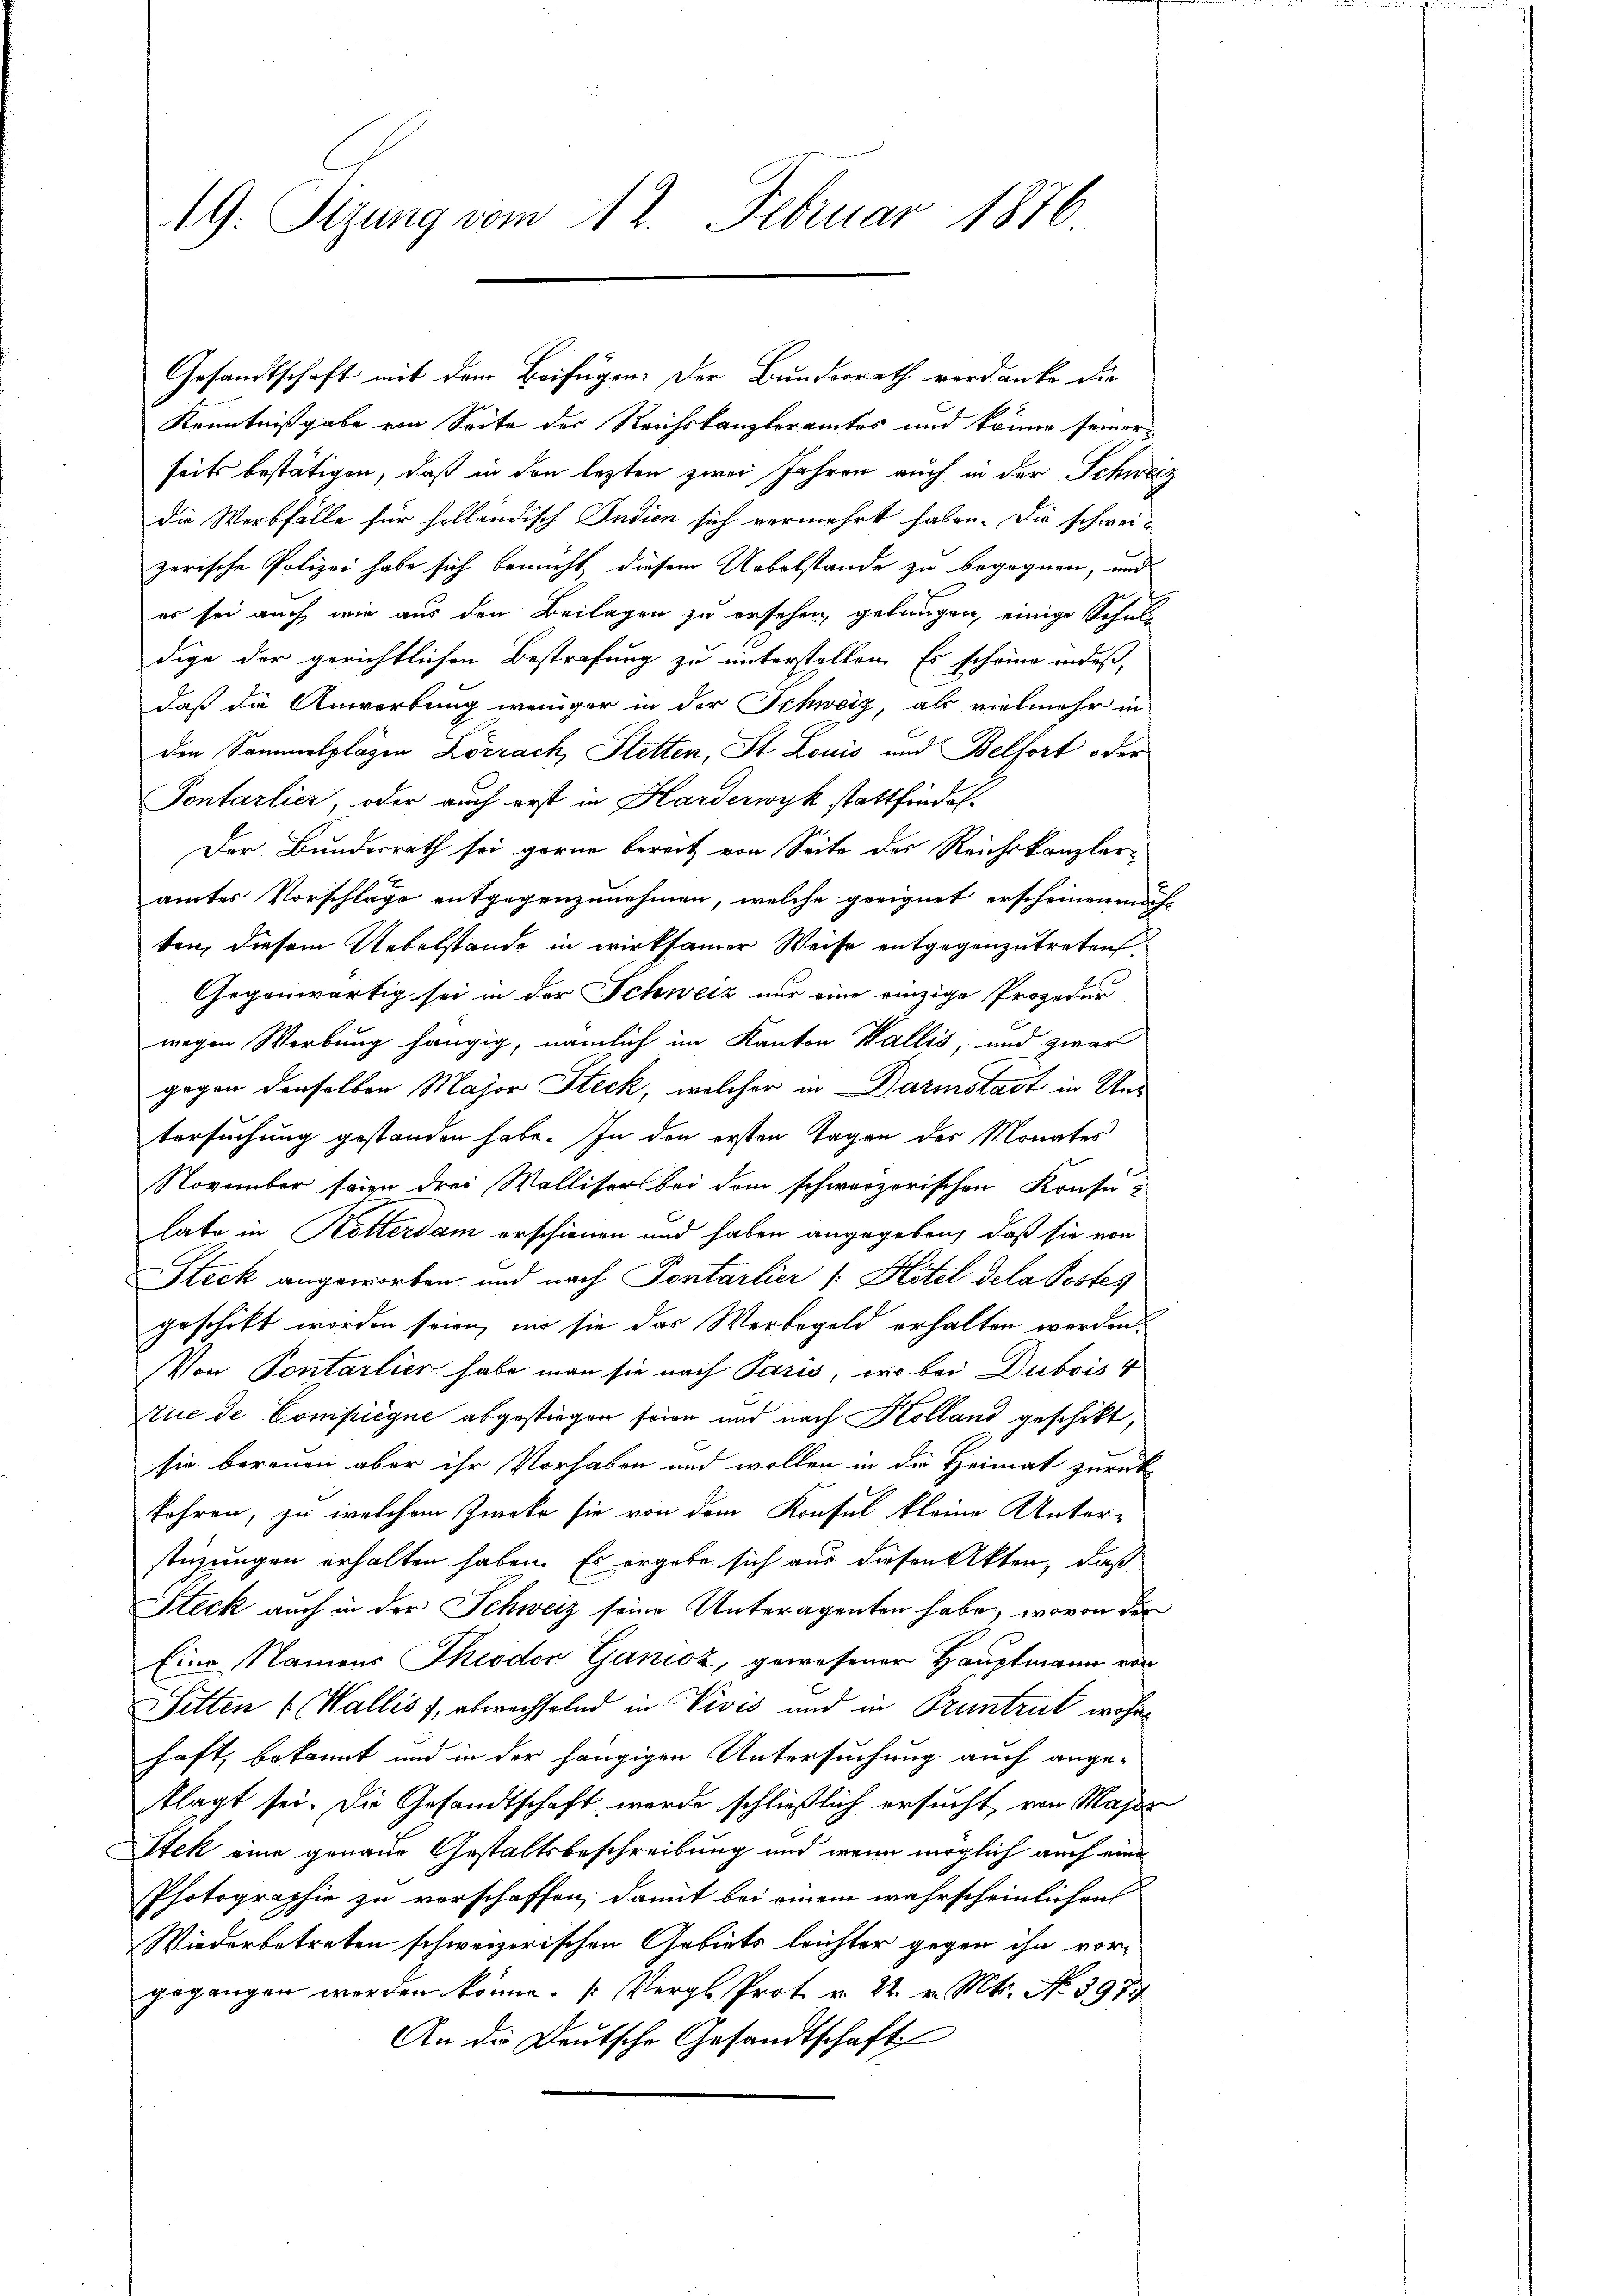
19: Sizung vom 12. Februar 1876

Gesandtschaft mit dem Beifügen: Der Bundesrath verdanke die
Kenntnißgabe von Seite der Reichskanzleramtes und könne seinerseits bestätigen, daß in den lezten zwei Jahren auch in der Schweidie Werbfälle für holländisch Indien sich vermehrt haben. Die schwei-
zerische Polizei habe sich bemüht diesem Uebelstande zu begegnen, und
er sei auch wie aus den Beilagen zu ersehen, gelungen, einige Schule
dige der gerichtlichen Bestrafung zu unterstellen. Es scheine indeß,
daß die Anwortung weniger in der Schweiz, als vielmehr in
den Sammelplägen Lörrach, Stetten, St. Louis und Belfort oder
Fontarlier, oder auch erst in Harderwyk stattfindes¬
Der Bundesrath sei gerne bereit von Seite des Reichskanzleramtes Vorschläge entgegenzunehmen, welche geeignet erscheinen möch-
ten, diesem Uebelstände in wirksamer Weise entgegenzutreten
Gegenwärtig sei in der Schweiz nur eine einzige Prozedur
wegen Werbung hängig, nämlich im Kanton Wallis, und zwar
gegen denselben Major Steck, welcher in Darmstadt in Untersuchung gestanden habe. In den ersten Tagen des Monates
November seien drei Wallisers bei dem schwarzerischen Konsulate in Kötterdam erschienen und haben angegeben, daß sie von
Steck angeworben und nach Pontarlier (Hotel dela Postes
geschikt worden seien, wo sie das Werbegeld erhalten worden.
Von Pontarlier habe man sie nach Paris, wo bei Dubois 4
Aue de Compiegne abgestiegen seien und nach Kolland geschikt,
sie bereuen aber ihr Vorhaben und wollen in die Heimat zurück-
fahren, zu welchem Zweke sie von dem Konsel kleine Unter-
stüzungen erhalten haben. Es ergebe sich aus diesen Akten, daß
Steck auch in der Schweiz seine Unteragenten habe, wovon der
Eine Namens Theodor Ganioz, gewesener Hauptmann von
Sitten (Wallis 1, abwechselnd in Vivis und in Pruntrut wohnhaft, bekannt und in der hängigen Untersuchung auch angelagt sei. Die Gesandtschaft werde schließlich ersucht, von Major
Stek eine genaue Gestaltsbeschreibung und wenn möglich auch eine
Photographie zu verschaffen, damit bei einem wahrscheinlichen
Wiederbetreten schweizerischen Gebiets leichter gegen ihn vor-
gegangen werden könne. (Vergl. Prot. v. 22. v. Mts. No. 3977
An die Deutsche Gesandtschaft

e